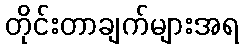
တိုင်းတာချက်များအရ